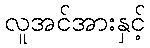
လူအင်အားနှင့်